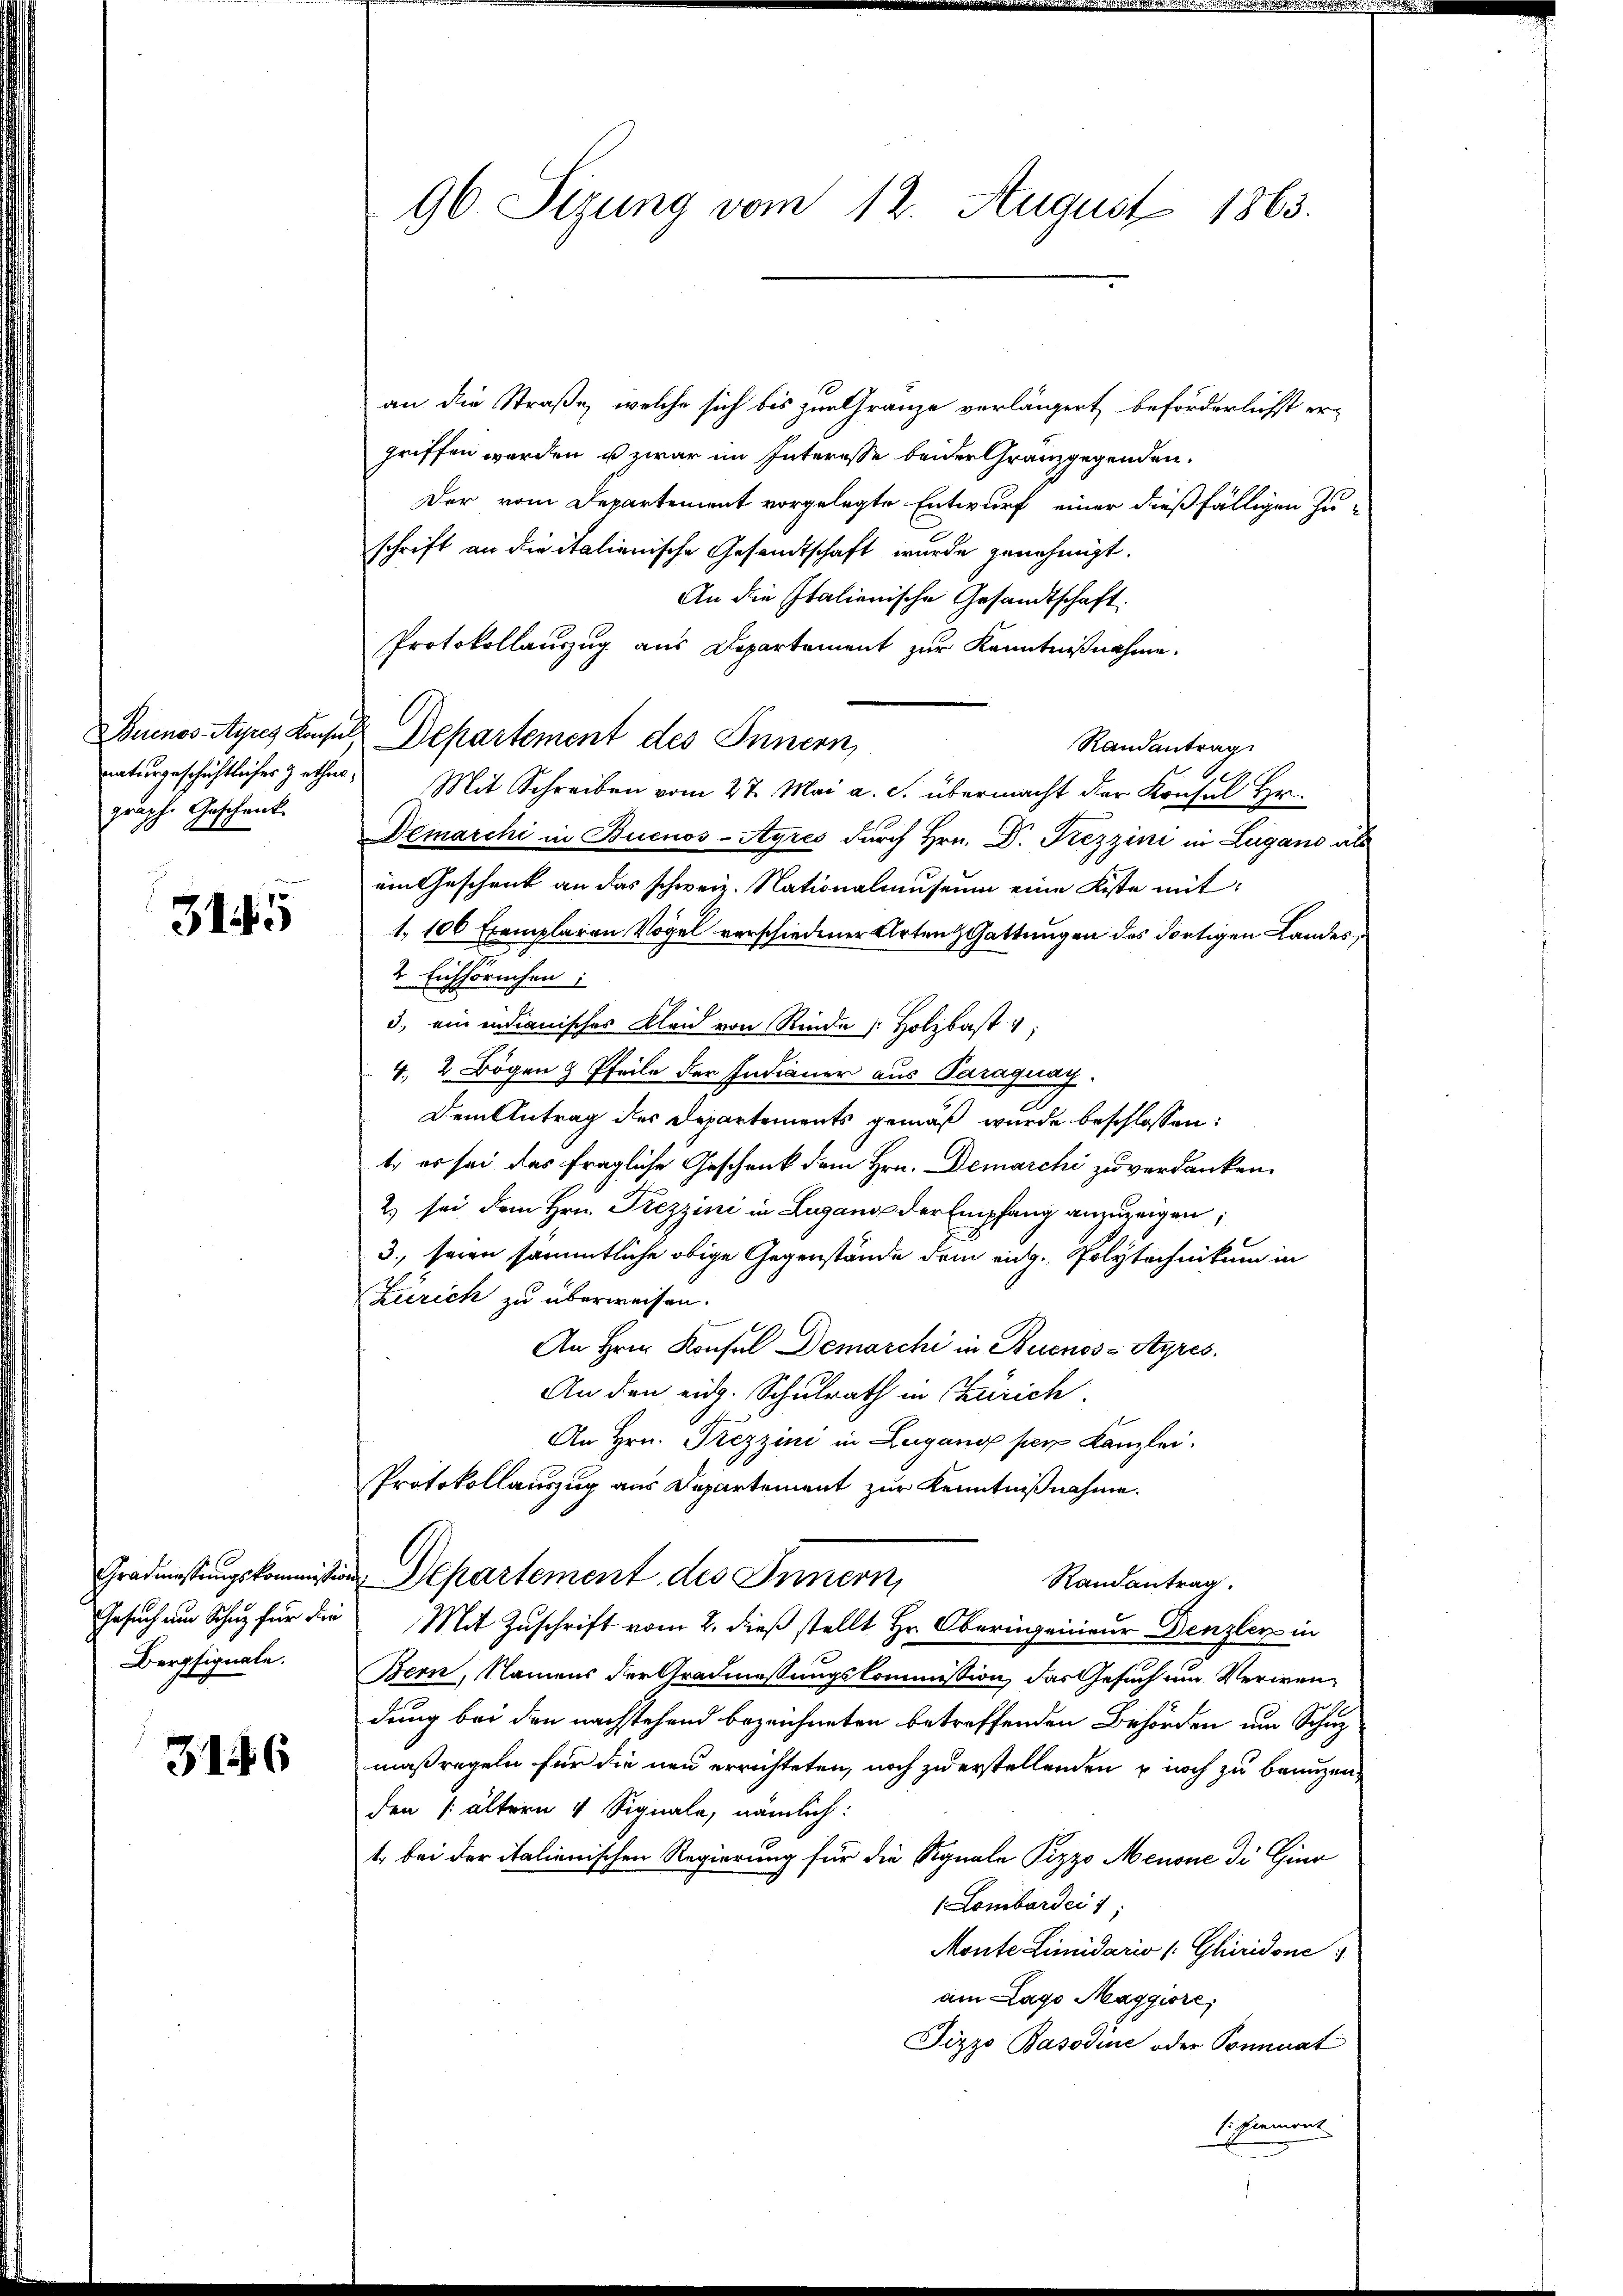
graph. Geschenk.

3145

Gesuch um Schuz für die
Berpfignale.

3146

an die Straße, welche sich bis zur Granze verlängert beförderlichst ergriffen werden u zwar im Interesse beider Granzgegenden.
Der vom Departement vorgelegte Entwurf einer dießfälligen Zuschrift an die italienische Gesandtschaft wurde genehmigt.
An die Italienische Gesandtschaft.
Protokollauszug aus Departement zur Kenntnißnahme.
Buenos-Ayres Konsuls Departement des Innern,
Randantrag
naturgeschichtliches Zathes Mit Schreiben vom 27. Mai a. S. übermacht der Konsul Hr.
Demarchi in Buenos-Ayres durch Hrn. Dr. Frezzini in Lugano als
ein Geschrick an das schweiz. Nationalmuseum eine Kiste mit
1. 100 Exemplaren Vogel verschiedener Arten Gattungen des dortigen Landes
2 Eichhörnchen:
3. ein endianisches Kleid von Rinde Holzbast
4, 2 Bogen & Pfeile der Indianer aus Paraguay.
Dem Antrag des Departements gemäß wurde beschlossen:
t, es sei das fragliche Geschank dem Hrn. Demarchi zu verdanken.
2) sei dem Hrn. Prezzini in Lugang der Empfang anzuzeigen;
3., seien sämmtliche obige Gegenstände dem eidg. Polytechnikum in
Zürich zu überweisen.
An Hrn. Konsul Demarchi in Buenos-Ayres.
An den eidg. Schulrath in Zürich.
An Hrn. Prezzini in Lugano per Kanzlei.
Protokollauszug aus Departement zur Kenntnißnahme.
Gradmastungskommission Separtement des Innern,
Randantrag.
Mit Zuschrift vom 2. dieß stellt Hr. Oberingenieur Denzler in
Bern, Namens der Gradmassungskommission, das Gesuch um Verwendung bei der nachstehend bezeichneten betreffenden Behörden um Schuz
maßregeln für die neu errichteten, noch zu erstellenden durch zu benuzenden ältern 4 Signale, nämlich:
1. bei der italienischen Regierung für die Signale Pizzo Menone di Gier
(Lombardec 1;
Monte Limidario (: Ghiridone
am Lago Maggiore,
Pizzo Basodine oder Pominat
Exament

96. Sizung vom 12. August 1863.